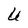
Character: U